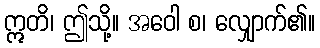
ဣတိ၊ ဤသို့။ အဝေါ စ၊ လျှောက်၏။